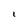
Character: 1